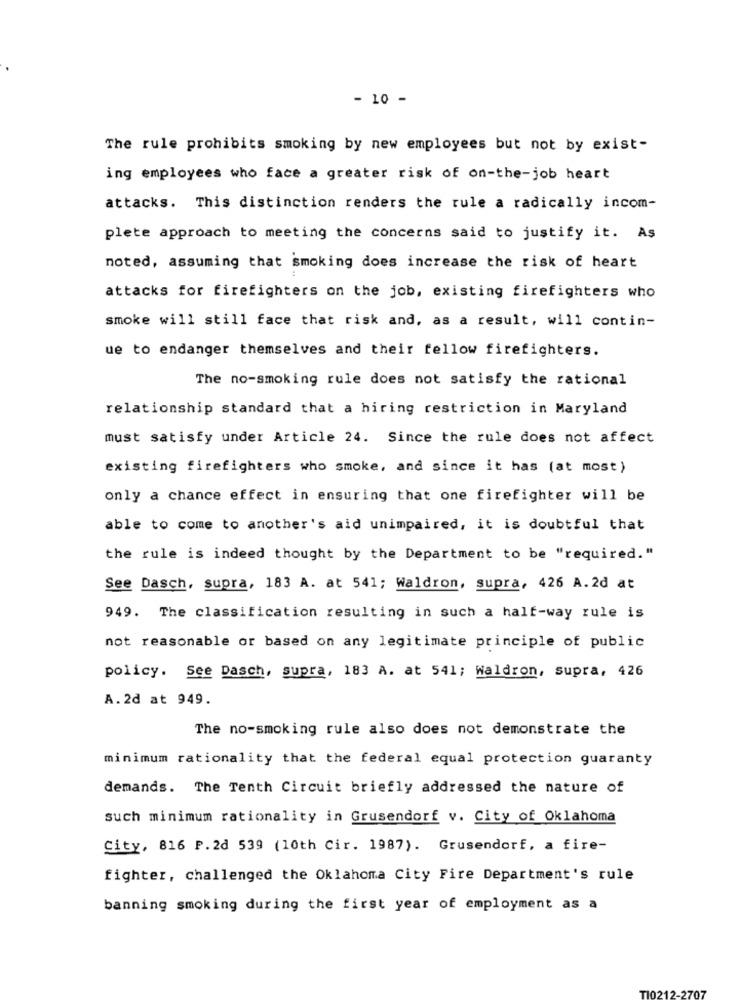
- 10 -
The rule prohibits smoking by new employees but not by exist-
ing employees who face a greater risk of on-the-job heart
attacks. This distinction renders the rule a radically incom-
plete approach to meeting the concerns said to justify it. As
noted, assuming that smoking does increase the risk of heart
attacks for firefighters on the job, existing firefighters who
smoke will still face that risk and, as a result, will contin-
ue to endanger themselves and their fellow firefighters.
The no-smoking rule does not satisfy the rational
relationship standard that a hiring restriction in Maryland
must satisfy under Article 24. Since the rule does not affect
existing firefighters who smoke, and since it has (at most)
only a chance effect in ensuring that one firefighter will be
able to come to another's aid unimpaired, it is doubtful that
the rule is indeed thought by the Department to be "required."
See Dasch, supra, 183 A. at 541; Waldron, supra, 426 A.2d at
949. The classification resulting in such a half-way rule is
not reasonable or based on any legitimate principle of public
policy. See Dasch, supra, 183 A. at 541; Waldron, supra, 426
A.2d at 949.
The no-smoking rule also does not demonstrate the
minimum rationality that the federal equal protection guaranty
demands. The Tenth Circuit briefly addressed the nature of
such minimum rationality in Grusendorf v. City of Oklahoma
City, 816 P. 20 539 (10th Cir. 1987). Grusendorf, a fire-
fighter, challenged the Oklahoma City Fire Department's rule
banning smoking during the first year of employment as a